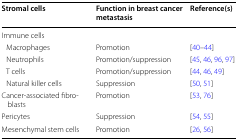
<table><thead><tr><td><b>Stromal cells</b></td><td><b>Function in breast cancer metastasis</b></td><td><b>Reference(s)</b></td></tr></thead><tbody><tr><td colspan="3">Immune cells</td></tr><tr><td> Macrophages</td><td>Promotion</td><td>[40–44]</td></tr><tr><td> Neutrophils</td><td>Promotion/suppression</td><td>[45, 46, 96, 97]</td></tr><tr><td> T cells</td><td>Promotion/suppression</td><td>[44, 46, 49]</td></tr><tr><td> Natural killer cells</td><td>Suppression</td><td>[50, 51]</td></tr><tr><td>Cancer-associated fibroblasts</td><td>Promotion</td><td>[53, 76]</td></tr><tr><td>Pericytes</td><td>Suppression</td><td>[54, 55]</td></tr><tr><td>Mesenchymal stem cells</td><td>Promotion</td><td>[26, 56]</td></tr></tbody></table>